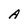
Character: A